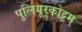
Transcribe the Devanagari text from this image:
पुलियूर्‌कोट्टम्